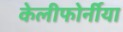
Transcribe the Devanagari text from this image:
केलीफोर्नीया